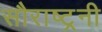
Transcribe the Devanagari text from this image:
सौराष्ट्रनी